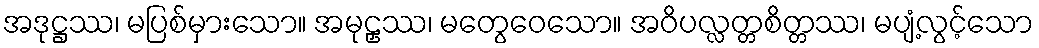
အဒုဋ္ဌဿ၊ မပြစ်မှားသော။ အမုဠှဿ၊ မတွေဝေသော။ အဝိပလ္လတ္တစိတ္တဿ၊ မပျံ့လွင့်သော